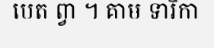
បេត ព្វា ។ គាម ទារិកា